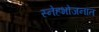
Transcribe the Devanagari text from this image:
स्नेहभोजनात